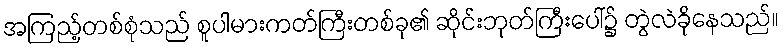
အကြည့်တစ်စုံသည် စူပါမားကတ်ကြီးတစ်ခု၏ ဆိုင်းဘုတ်ကြီးပေါ်၌ တွဲလဲခိုနေသည်။